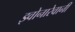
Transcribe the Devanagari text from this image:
झ्वोनारेवानीं